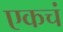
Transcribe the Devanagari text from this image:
एकचं